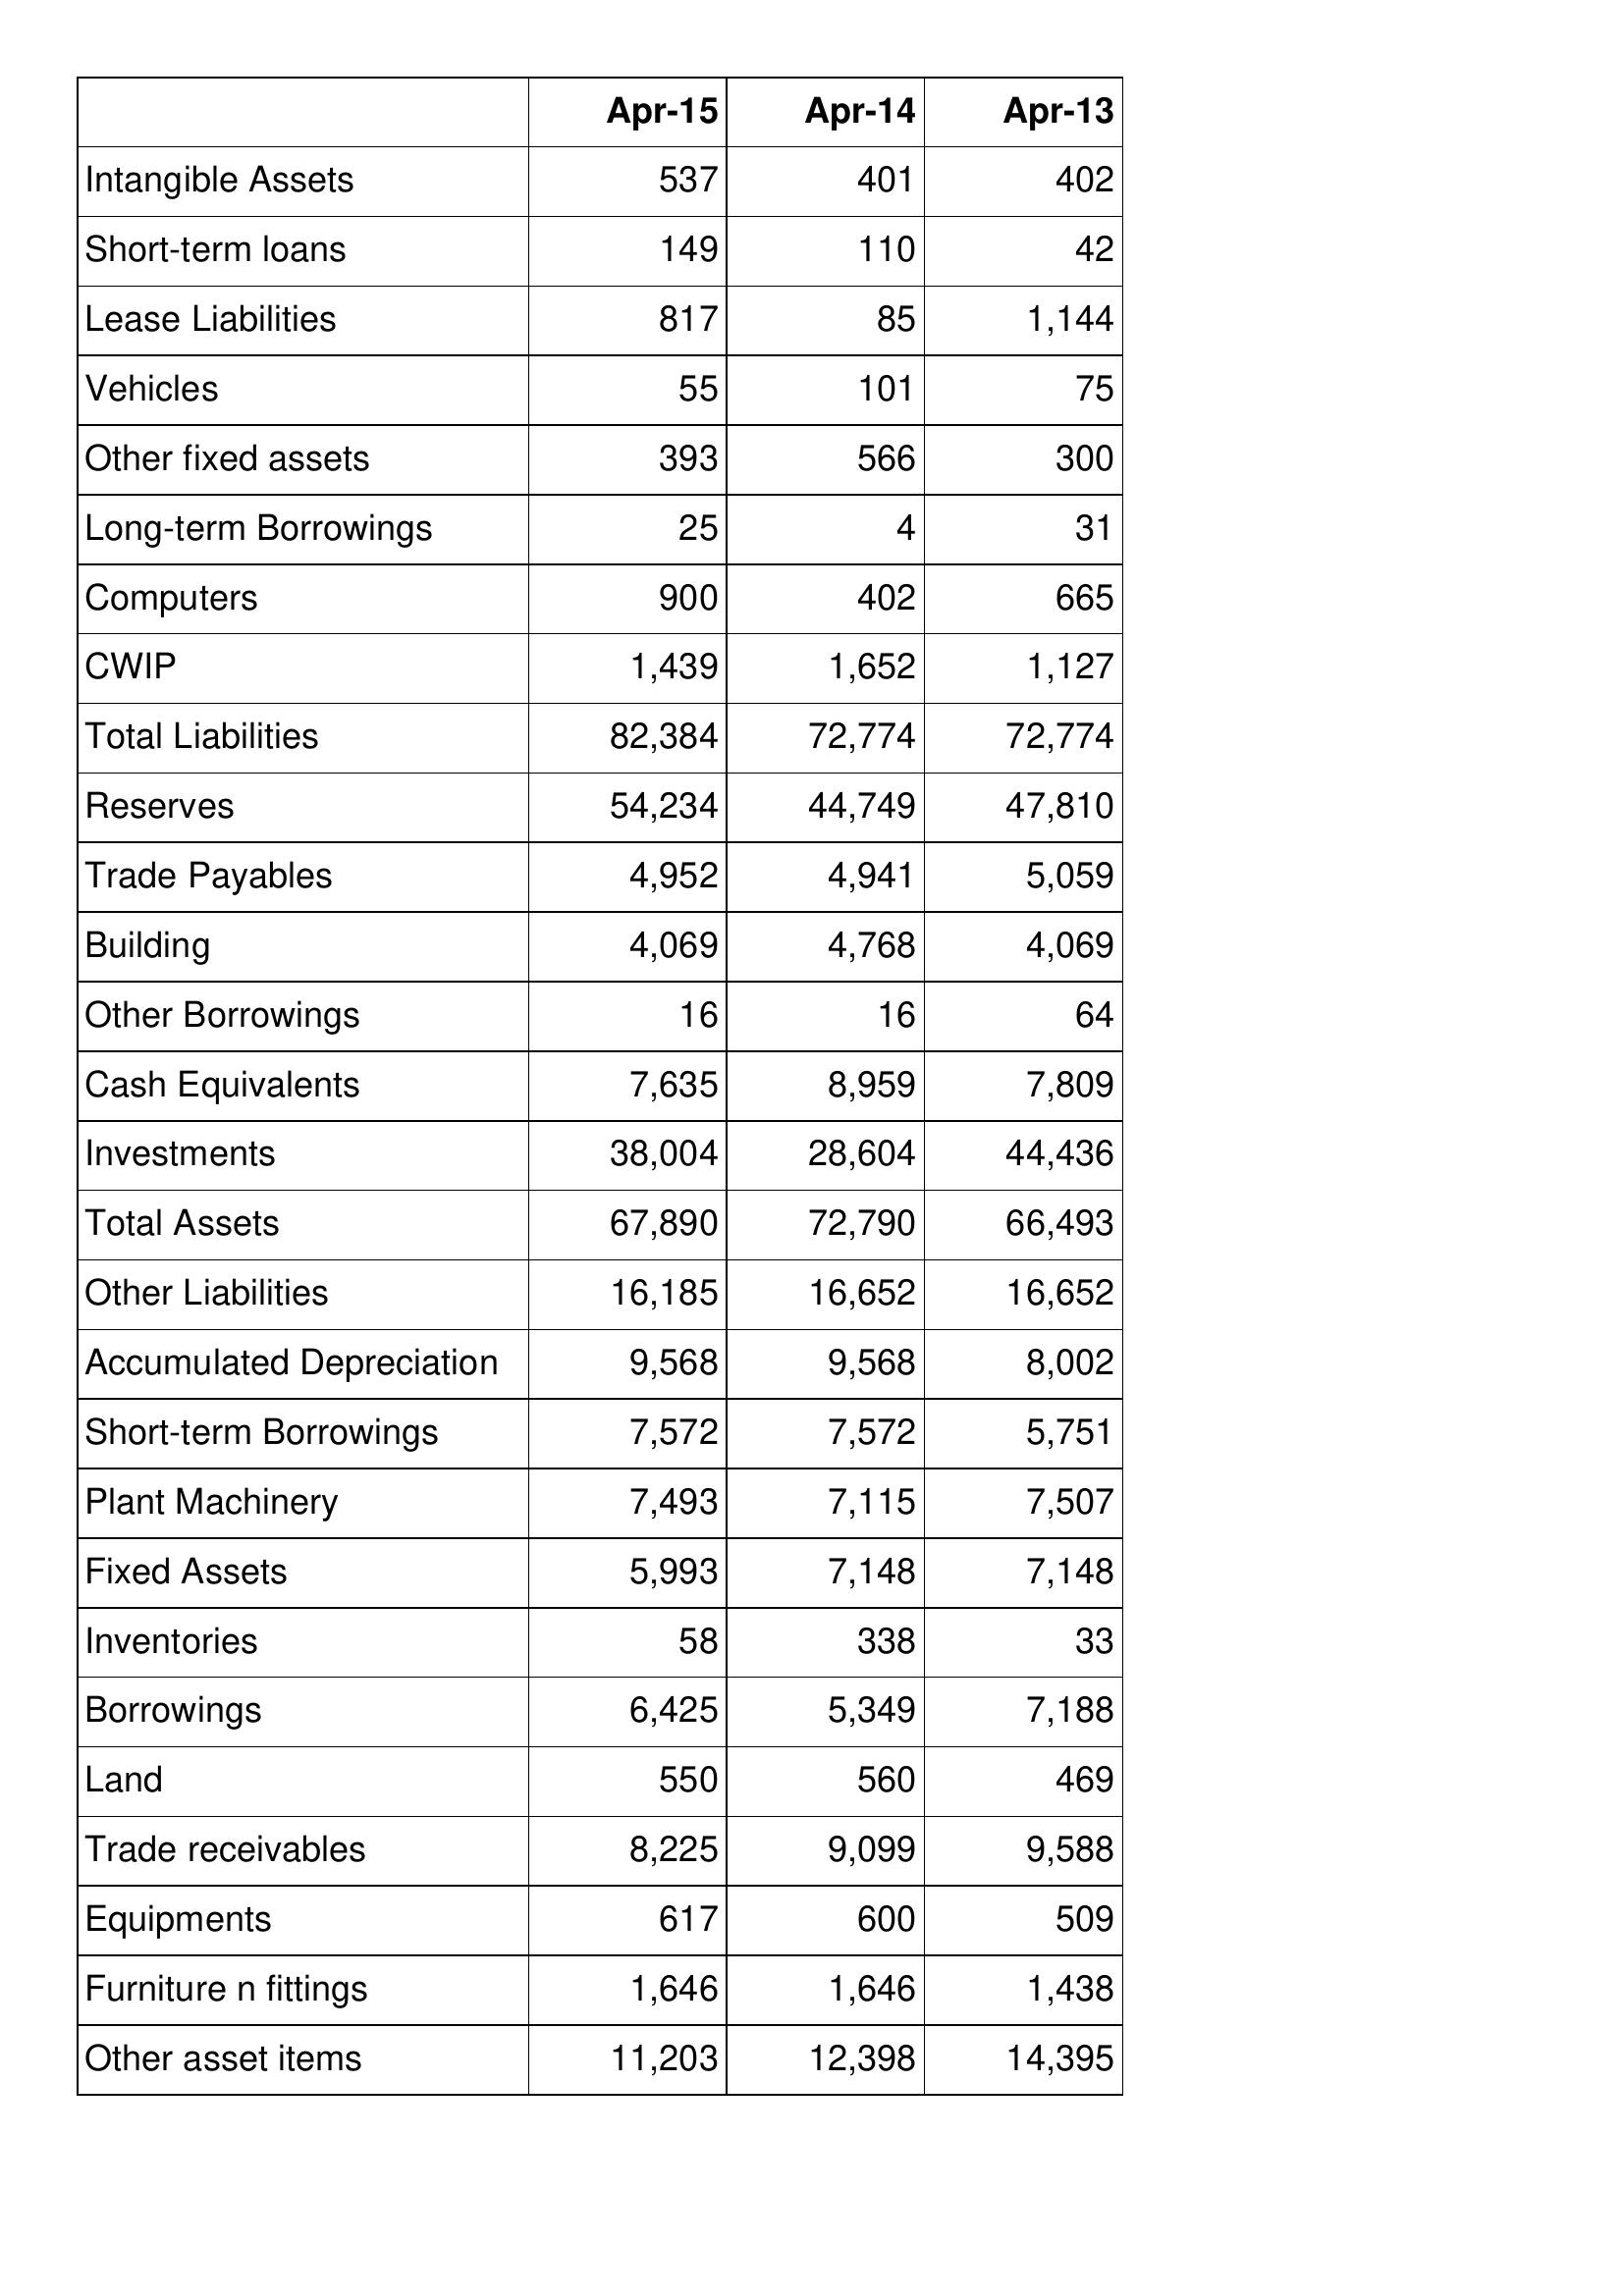
Apr-15: Balance Sheet: Intangible Assets: 537
Short-term loans: 149
Lease Liabilities: 817
Vehicles: 55
Other fixed assets: 393
Long-term Borrowings: 25
Computers: 900
CWIP: 1,439
Total Liabilities: 82,384
Reserves: 54,234
Trade Payables: 4,952
Building: 4,069
Other Borrowings: 16
Cash Equivalents: 7,635
Investments: 38,004
Total Assets: 67,890
Other Liabilities: 16,185
Accumulated Depreciation: 9,568
Short-term Borrowings: 7,572
Plant Machinery: 7,493
Fixed Assets: 5,993
Inventories: 58
Borrowings: 6,425
Land: 550
Trade receivables: 8,225
Equipments: 617
Furniture n fittings: 1,646
Other asset items: 11,203
Apr-14: Balance Sheet: Intangible Assets: 401
Short-term loans: 110
Lease Liabilities: 85
Vehicles: 101
Other fixed assets: 566
Long-term Borrowings: 4
Computers: 402
CWIP: 1,652
Total Liabilities: 72,774
Reserves: 44,749
Trade Payables: 4,941
Building: 4,768
Other Borrowings: 16
Cash Equivalents: 8,959
Investments: 28,604
Total Assets: 72,790
Other Liabilities: 16,652
Accumulated Depreciation: 9,568
Short-term Borrowings: 7,572
Plant Machinery: 7,115
Fixed Assets: 7,148
Inventories: 338
Borrowings: 5,349
Land: 560
Trade receivables: 9,099
Equipments: 600
Furniture n fittings: 1,646
Other asset items: 12,398
Apr-13: Balance Sheet: Intangible Assets: 402
Short-term loans: 42
Lease Liabilities: 1,144
Vehicles: 75
Other fixed assets: 300
Long-term Borrowings: 31
Computers: 665
CWIP: 1,127
Total Liabilities: 72,774
Reserves: 47,810
Trade Payables: 5,059
Building: 4,069
Other Borrowings: 64
Cash Equivalents: 7,809
Investments: 44,436
Total Assets: 66,493
Other Liabilities: 16,652
Accumulated Depreciation: 8,002
Short-term Borrowings: 5,751
Plant Machinery: 7,507
Fixed Assets: 7,148
Inventories: 33
Borrowings: 7,188
Land: 469
Trade receivables: 9,588
Equipments: 509
Furniture n fittings: 1,438
Other asset items: 14,395